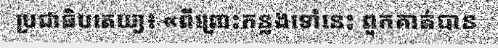
ប្រជាធិបតេយ្យ៖ «ពីព្រោះកន្លងទៅនេះ ពួកគាត់បាន